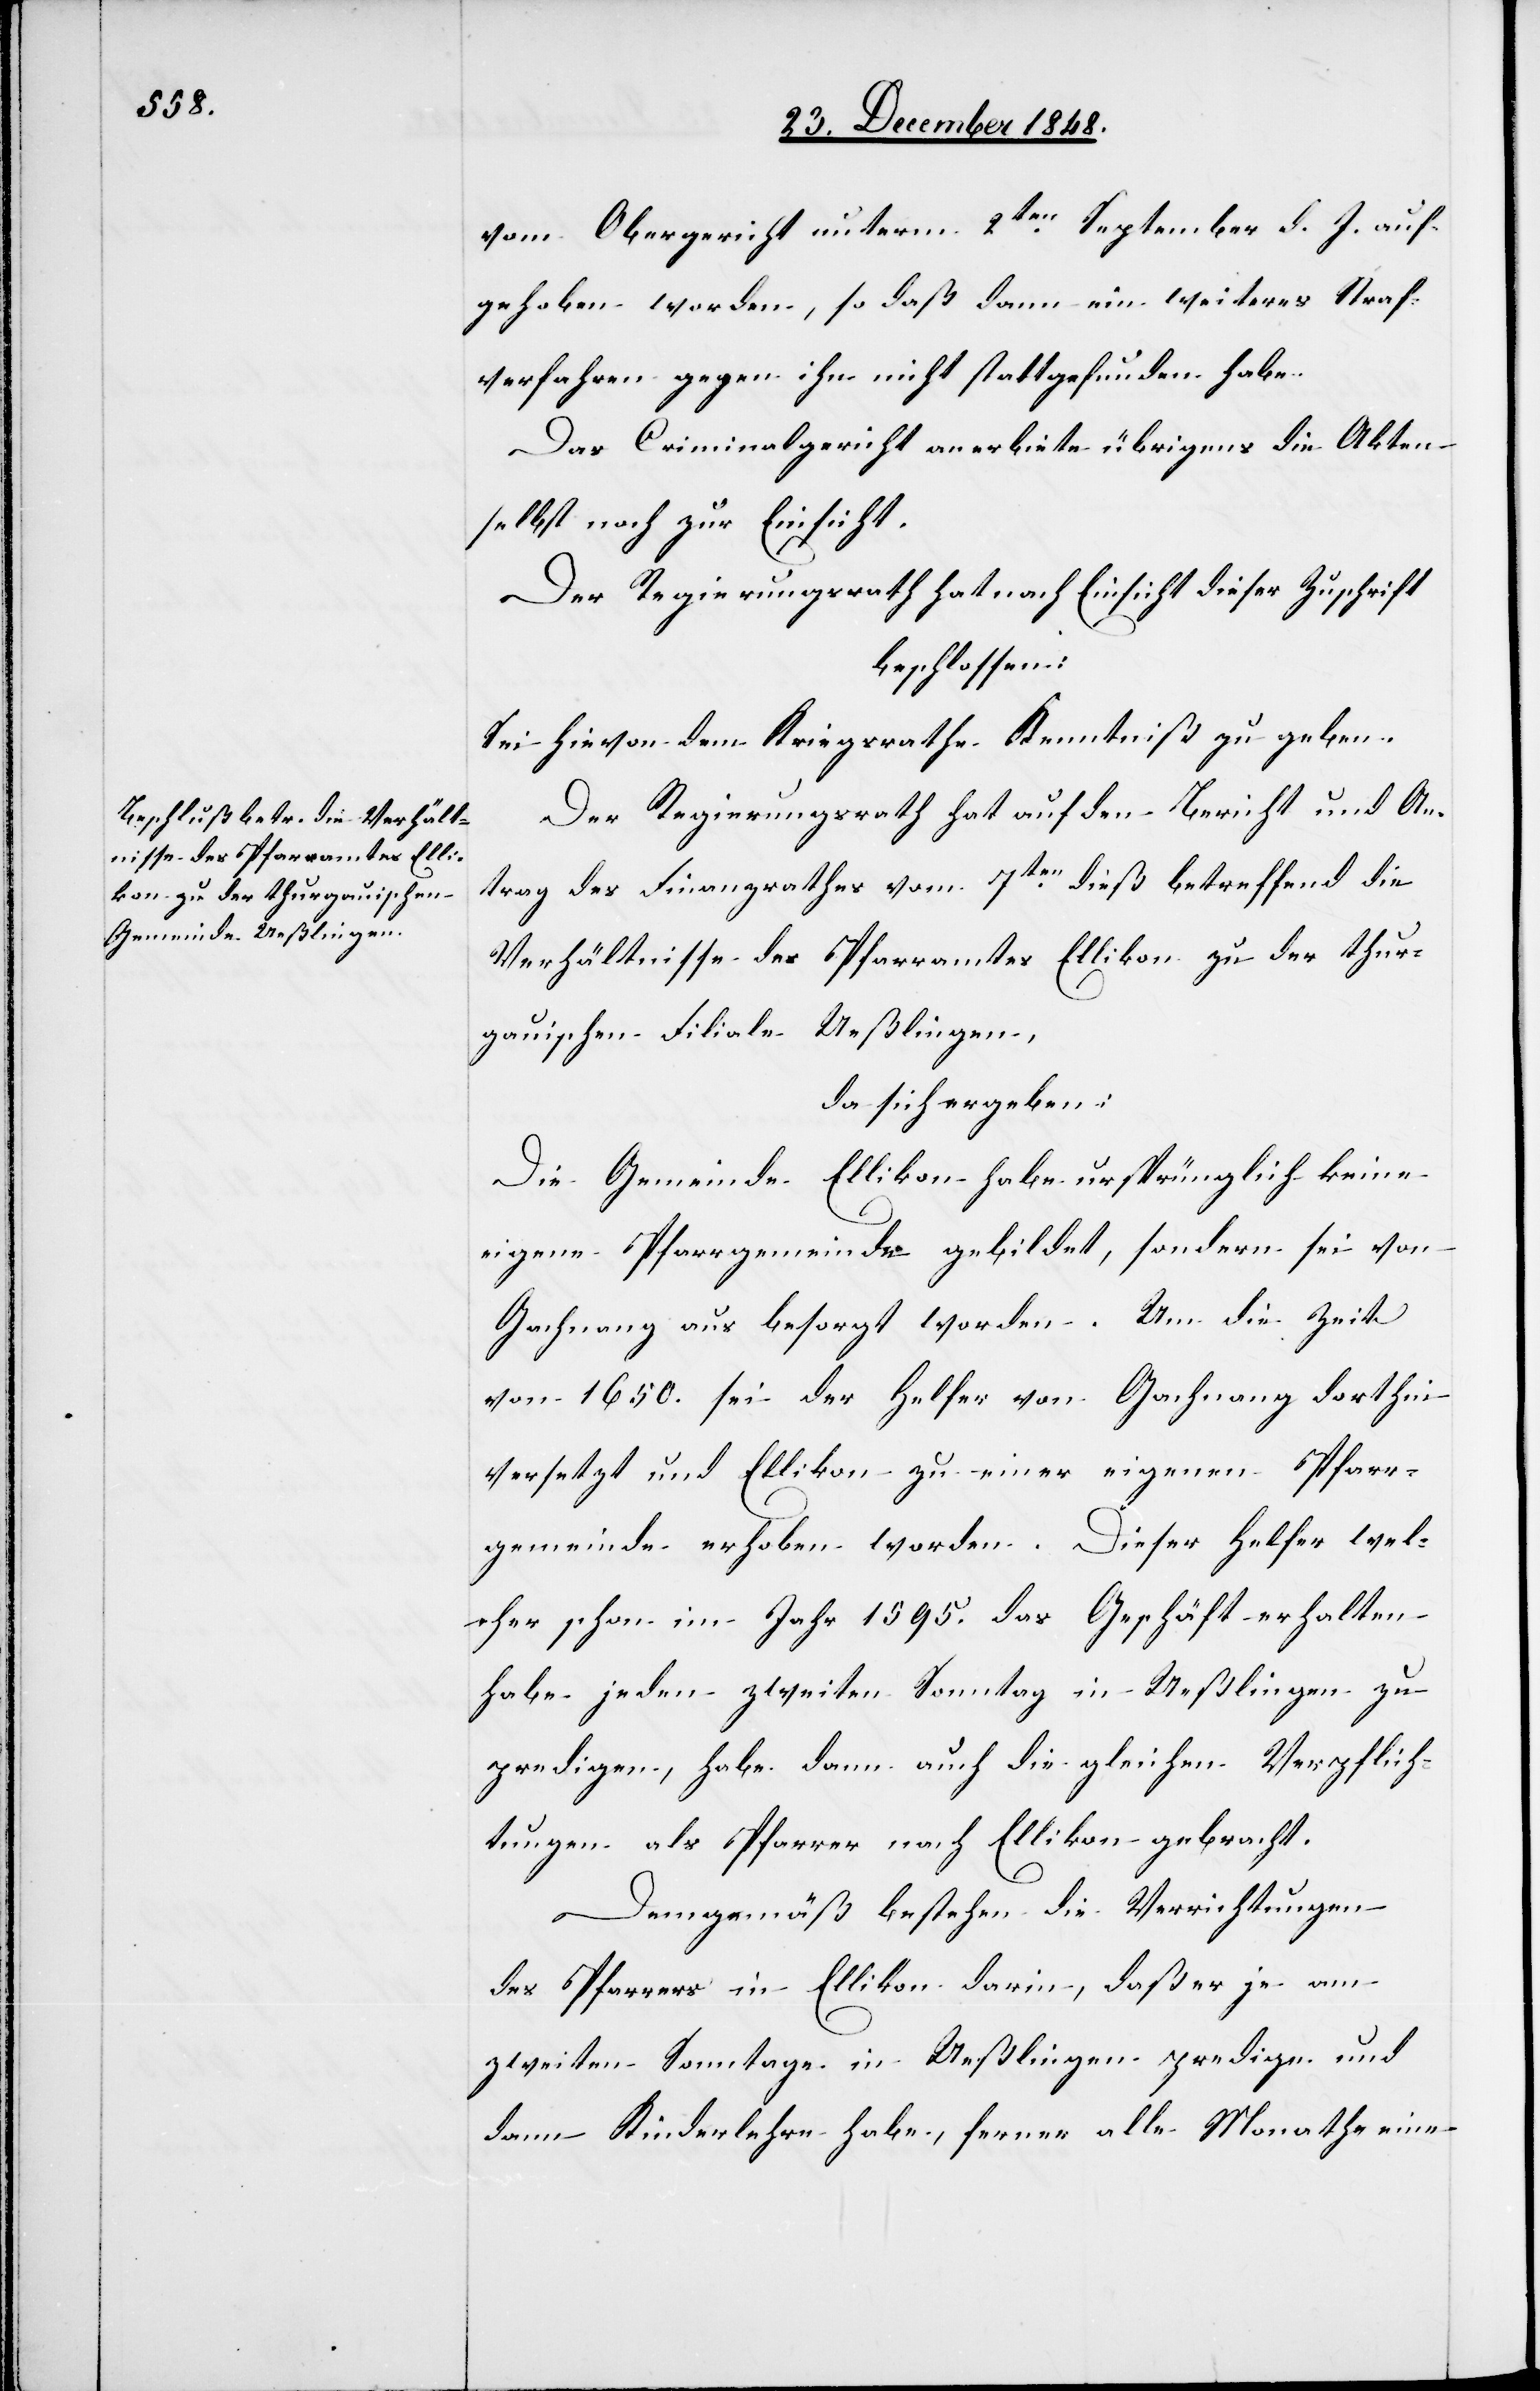
vom Obergericht unterm 2ten September d. J. auf¬
gehoben worden, so daß dann ein weiteres Straf¬
verfahren gegen ihn nicht stattgefunden habe.
Das Criminalgericht anerbiete übrigens die Akten
selbst noch zur Einsicht.
Der Regierungsrath hat nach Einsicht dieser Zuschrift
beschlossen:
Sei hievon dem Kriegsrathe Kenntniß zu geben.
Der Regierungsrath hat auf den Bericht und An¬
trag des Finanzrathes vom 7ten dieß betreffend die
Verhältnisse des Pfarramtes Ellikon zu der thur¬
gauischen Filiale Ueßlingen,
da sich ergeben:
Die Gemeinde Ellikon habe ursprünglich keine
eigene Pfarrgemeinde gebildet, sondern sei von
Gachnang aus besorgt worden. Um die Zeit
von 1650. sei der Helfer von Gachnang dorthin
versetzt und Ellikon zu einer eigenen Pfarr¬
gemeinde erhoben worden. Dieser Helfer wel¬
cher schon im Jahr 1595. das Geschäft erhalten
habe jeden zweiten Sonntag in Ueßlingen zu
predigen, habe dann auch die gleichen Verpflich¬
tungen als Pfarrer nach Ellikon gebracht.
Demgemäß bestehen die Verrichtungen
des Pfarrers in Ellikon darin, daß er je am
zweiten Sonntage in Ueßlingen predige und
dann Kinderlehre habe, ferner alle Monathe eine